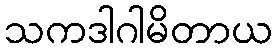
သကဒါဂါမိတာယ